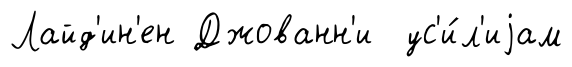
Лайд'ин'ен Джованн'и ус'и́л'иjам